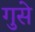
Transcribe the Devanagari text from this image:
गुसे